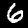
Digit: 6